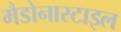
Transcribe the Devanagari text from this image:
मैडोनास्टाइल